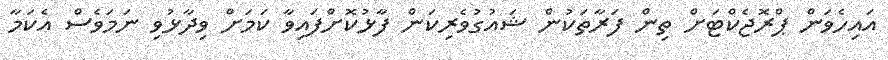
އައިހެވަން ޕްރޮޖެކްޓަށް ތިން ފަރާތަކުން ޝައުގުވެރިކަން ފާޅުކޮށްފައިވާ ކަމަށް ވިދާޅުވި ނަމަވެސް އެކަމާ